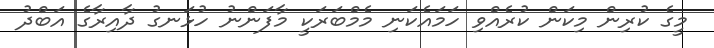
މީގެ ކުރިން މިކަން ކުރެއްވި ހަމައެކަނި މެމްބަރަކީ މާފަންނު ހުޅަނގު ދާއިރާގެ އަބްދު